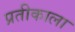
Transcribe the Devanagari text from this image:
प्रतीकाला